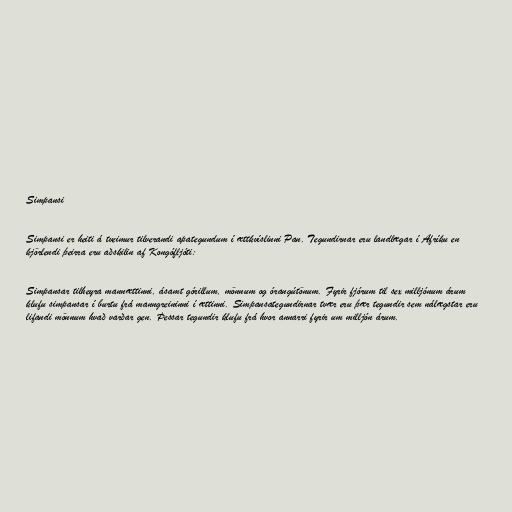
Simpansi

Simpansi er heiti á tveimur tilverandi apategundum í ættkvíslinni Pan. Tegundirnar eru landlægar í Afríku en
kjörlendi þeirra eru aðskilin af Kongófljóti:

Simpansar tilheyra mannættinni, ásamt górillum, mönnum og órangútönum. Fyrir fjórum til sex milljónum árum
klufu simpansar í burtu frá manngreininni í ættinni. Simpansategundirnar tvær eru þær tegundir sem nálægstar eru
lifandi mönnum hvað varðar gen. Þessar tegundir klufu frá hvor annarri fyrir um milljón árum.